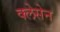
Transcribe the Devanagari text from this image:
क्लेसेन